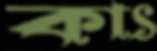
কাৎ